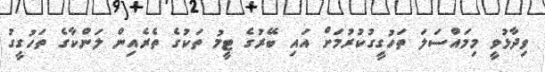
ވިދާޅުވީ މިމައްސަލަ ތަހުގީގުކުރުމަށް އައި ބޭރުގެ ޓީމު ތަކުގެ ތެރެއިން ލަންކާގެ ތަހުގީގު